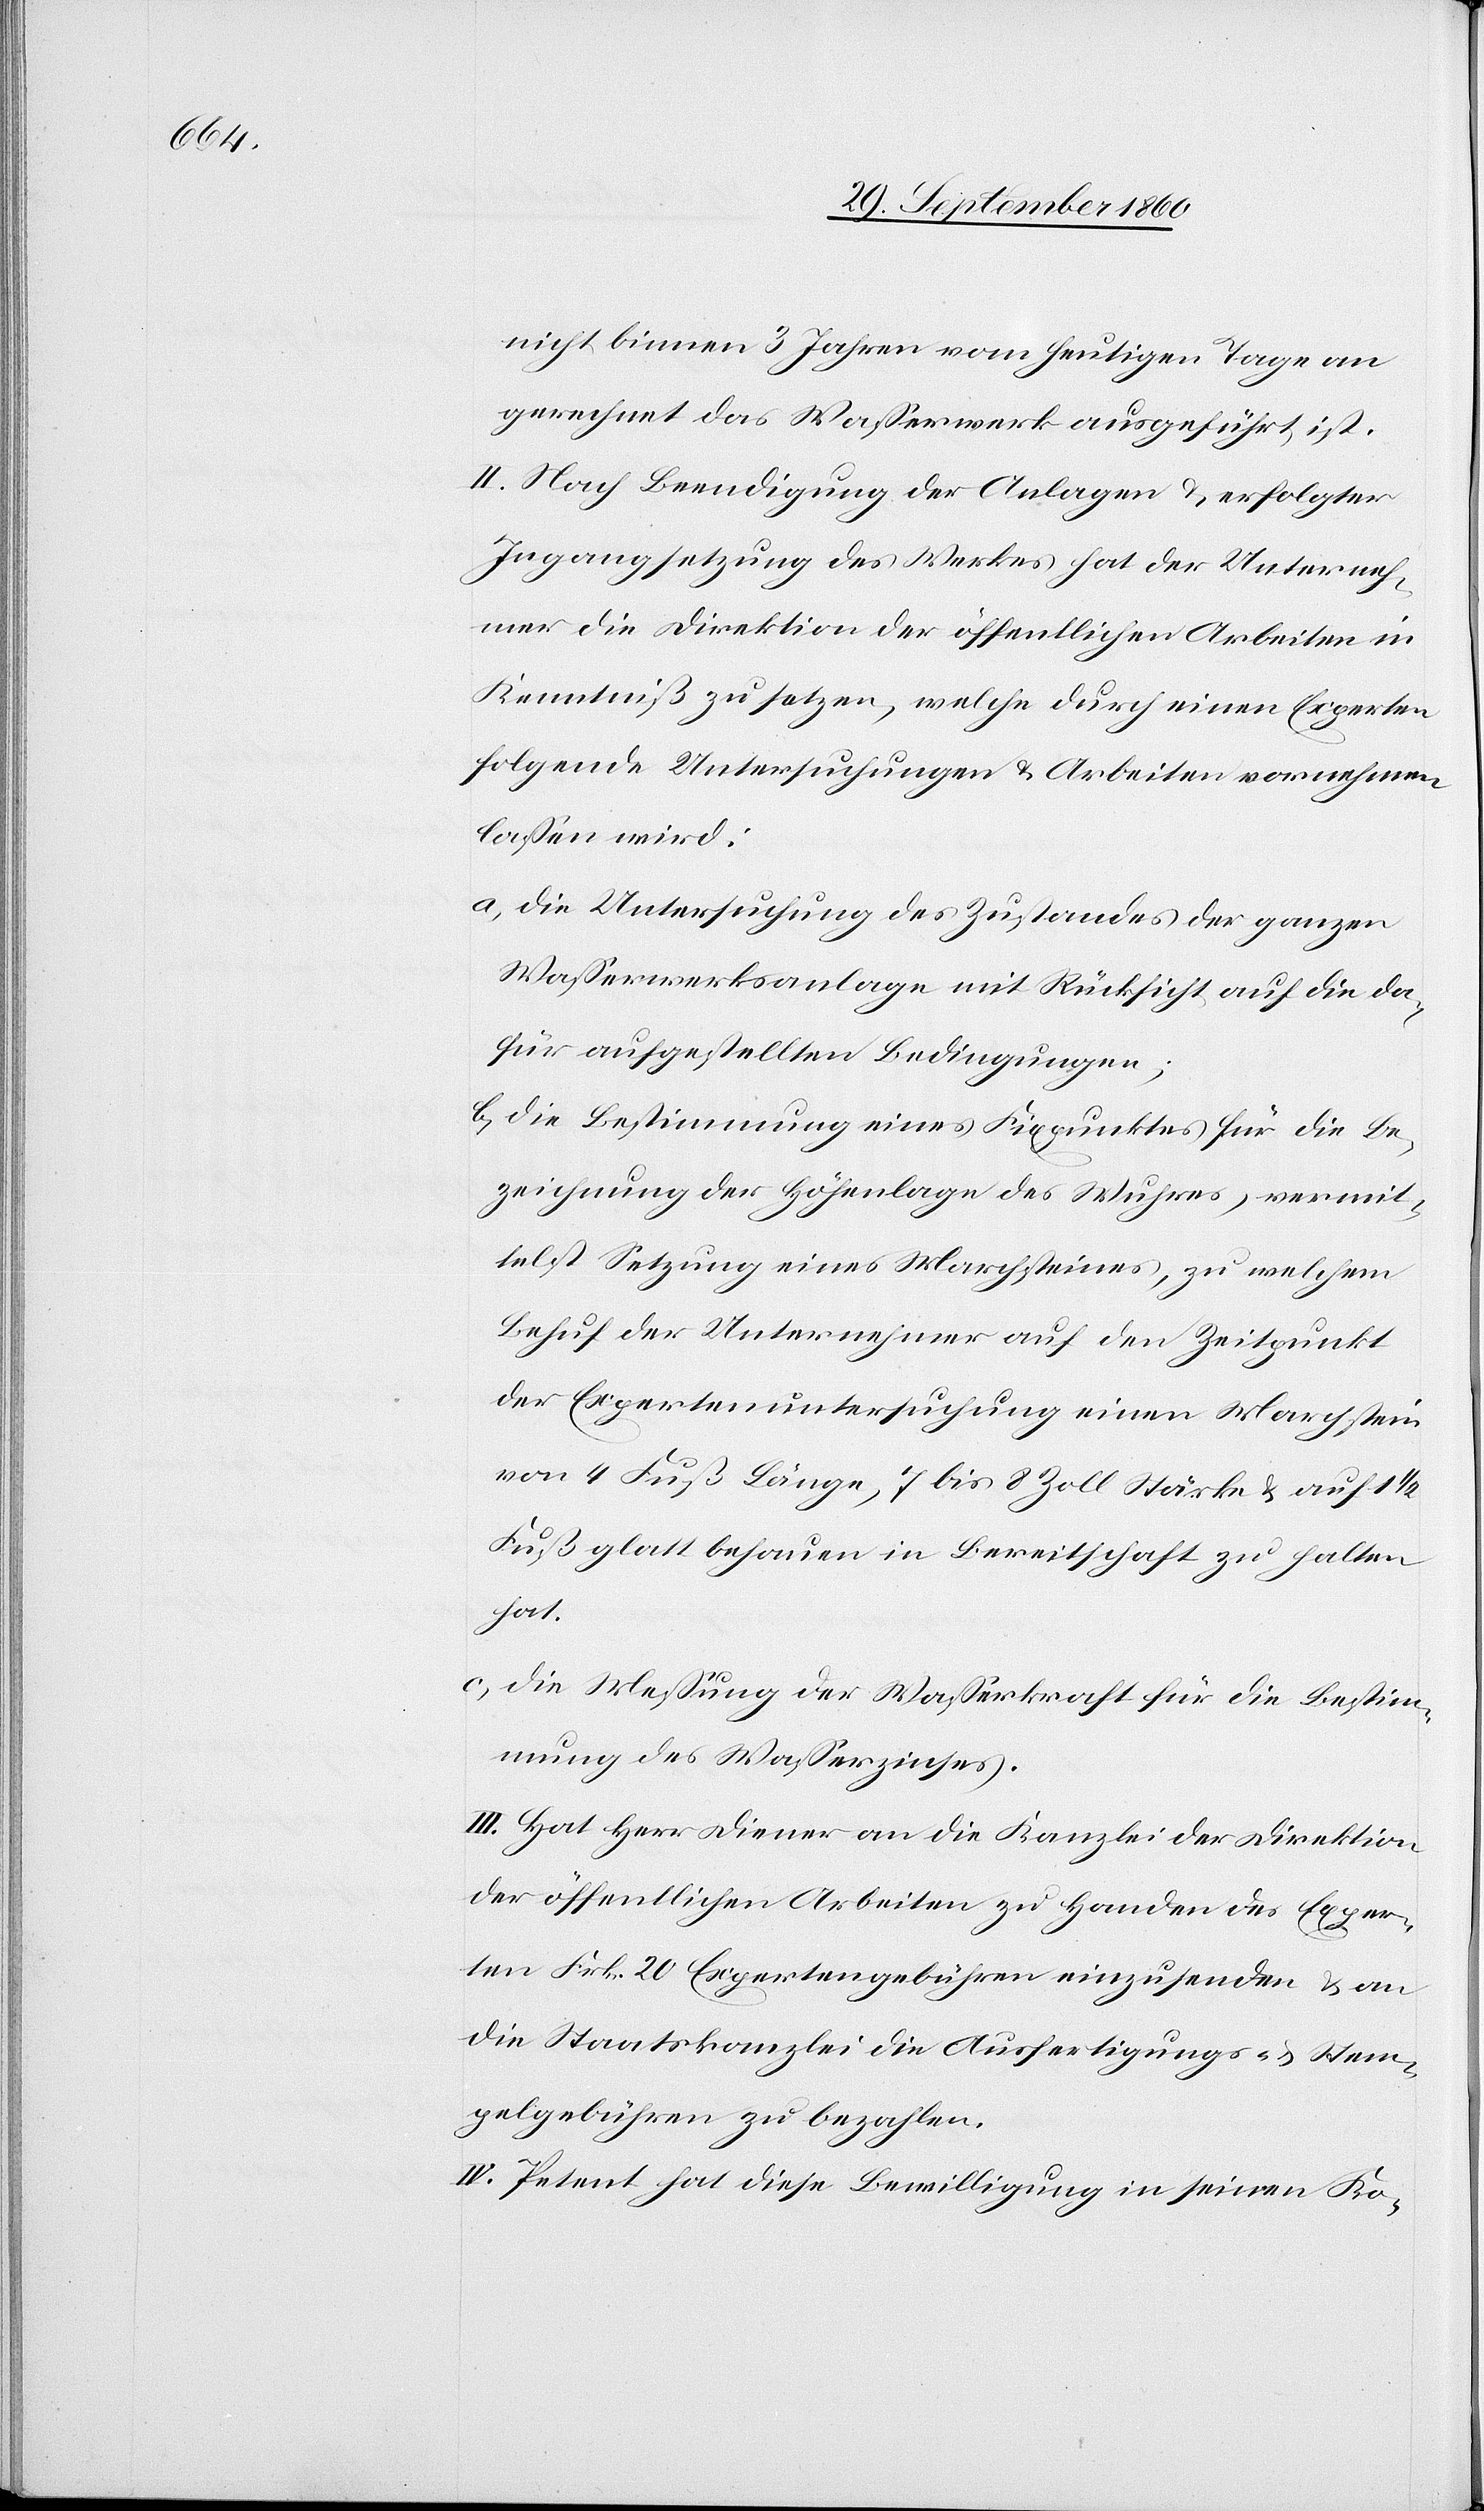
nicht binnen 3 Jahren vom heutigen Tage an
gerechnet das Wasserwerk aufgeführt ist.
II. Nach Beendigung der Anlagen u. erfolgter
Ingangsetzung des Werkes hat der Unterneh¬
mer die Direktion der öffentlichen Arbeiten in
Kenntniß zu setzen, welche durch einen Experten
folgende Untersuchungen u. Arbeiten vornehmen
lassen wird:
a. die Untersuchung des Zustandes der ganzen
Wasserwerksanlage mit Rücksicht auf die da¬
für aufgestellten Bedingungen;
b. die Bestimmung eines Fixpunktes für die Be¬
zeichnung der Höhenlage des Wuhres, vermit¬
telst Setzung eines Marchsteines, zu welchem
Behuf der Unternehmer auf den Zeitpunkt
der Expertenuntersuchung einen Marchstein
von 4 Fuß Länge, 7 bis 8 Zoll Stärke u. auf 1
Fuß glatt behauen in Bereitschaft zu halten
hat.
c. die Messung der Wasserkraft für die Bestim¬
mung des Wasserzinses.
III. Hat Herr Diener an die Kanzlei der Direktion
der öffentlichen Arbeiten zu Handen des Exper¬
ten Frk. 20 Expertengebühren einzusenden u. an
die Staatskanzlei die Ausfertigungs- u. Stem¬
pelgebühren zu bezahlen.
IV. Petent hat diese Bewilligung in seinen Ko-